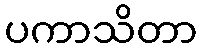
ပကာသိတာ